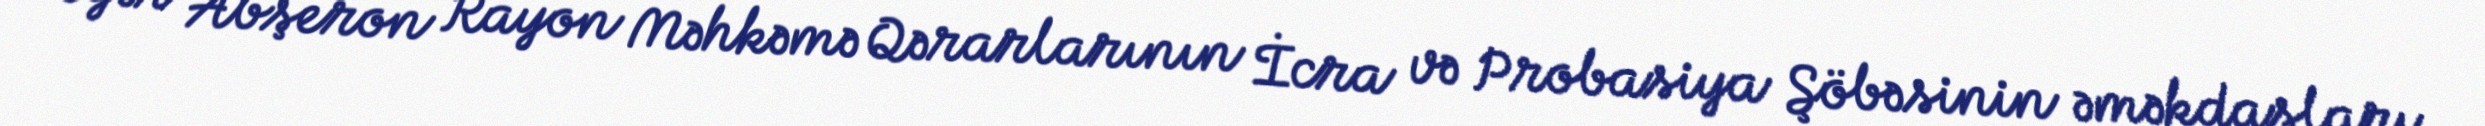
Əgər Abşeron Rayon Məhkəmə Qərarlarının İcra və Probasiya Şöbəsinin əməkdaşları